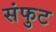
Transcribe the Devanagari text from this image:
संफुट